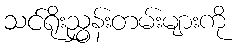
သင်ရိုးညွှန်းတမ်းများကို